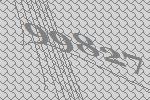
99827